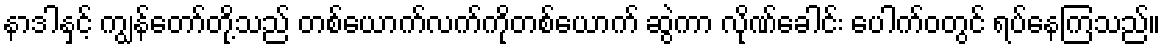
နာဒါနှင့် ကျွန်တော်တို့သည် တစ်ယောက်လက်ကိုတစ်ယောက် ဆွဲကာ လိုဏ်ခေါင်း ပေါက်ဝတွင် ရပ်နေကြသည်။